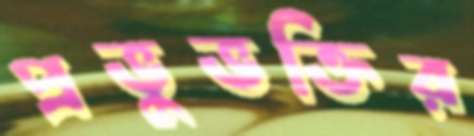
প্রভুভক্তির